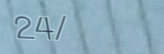
24/7